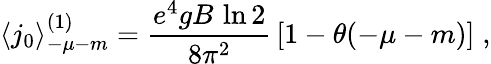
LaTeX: \langle j_{0}\rangle_{-\mu-m}^{(1)}=\frac{e^{4}gB\, \ln 2}{8\pi^{2}}\, [1-\theta(-\mu-m)]\; ,